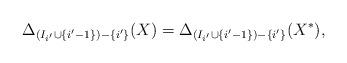
LaTeX: \begin{align*}\Delta_{(I_{i'} \cup \{i'-1\}) - \{i'\}}(X)=\Delta_{(I_{i'} \cup \{i'-1\}) - \{i'\}}(X^*),\end{align*}